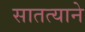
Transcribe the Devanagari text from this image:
सातत्‍याने